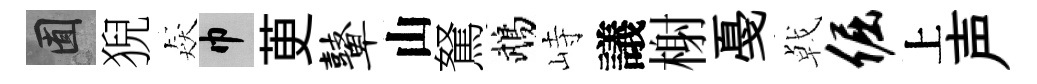
囿猊猋巾茰鼙山駑鵡峙議榭戞㦸倔上声